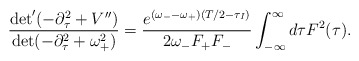
\begin{align*}\frac{\det'(-\partial_\tau^2 + V^{\prime\prime})}{\det(-\partial_\tau^2 + \omega_+^2)}=\frac{e^{(\omega_- - \omega_+)(T/2 - \tau_I)}}{2\omega_-F_+F_-}\int_{-\infty}^{\infty}d\tau F^2(\tau).\end{align*}